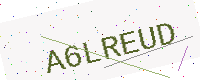
Text: A6LREUD